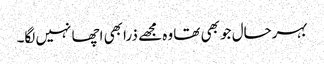
بہرحال جو بھی تھا وہ مجھے ذرا بھی اچھا نہیں لگا۔